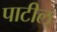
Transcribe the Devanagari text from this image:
पाटील्